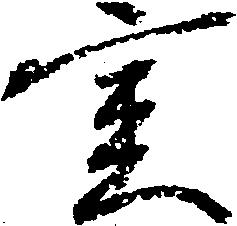
室